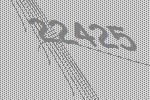
22425